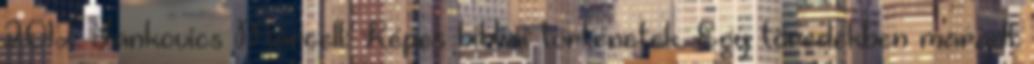
2012. Jankovics Marcell: Képes bibliai történetek. Egy töredékben maradt